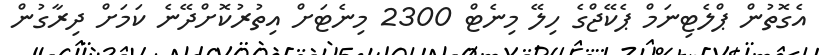
އެގޮތުން ޕްލެޓިނަމް ޕެކޭޖްގެ ހިލޭ މިނެޓް 2300 މިނެޓަށް އިތުރުކޮށްދޭނެ ކަމަށް ދިރާގުން